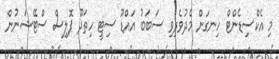
މި އެކްސިޑެންޓް ހިނގަން މެދުވެރިވި ސަބަބު އައްޑޫ ސިޓީ ހިތަދޫ ޕޮލިސް ސްޓޭޝަނުން